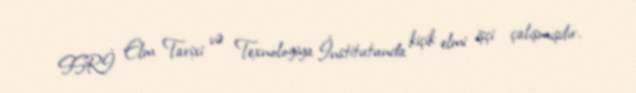
SSRİ Elm Tarixi və Texnologiya İnstitutunda kiçik elmi işçi çalışmışdır.